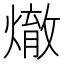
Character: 𪹲